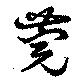
莞